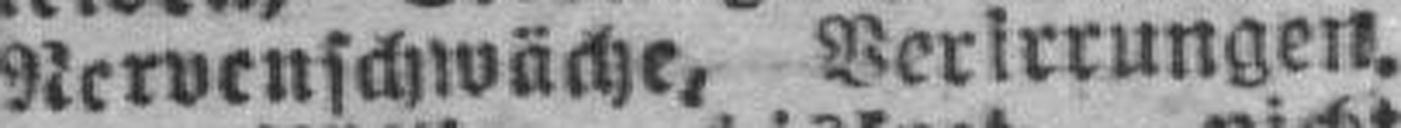
Nervenschwäche, Verirrungen.